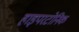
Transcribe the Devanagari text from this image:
हाइपरटोनिक